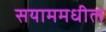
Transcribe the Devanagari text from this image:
सयाममधील